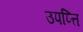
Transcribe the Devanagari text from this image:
उपप्त्ति